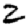
Digit: 2